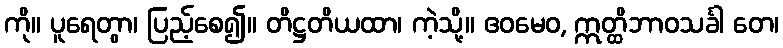
ကို။ ပူရေတွာ၊ ပြည့်စေ၍။ တိဋ္ဌတိယထာ၊ ကဲ့သို့။ ဧဝမေဝ, ဣတ္ထိဘာဝသင်္ခါ တေ၊